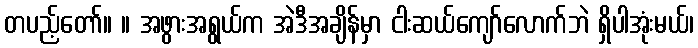
တပည့်တော်။ ။ အဖွားအရွယ်က အဲဒီအချိန်မှာ ငါးဆယ်ကျော်လောက်ဘဲ ရှိပါအုံးမယ်၊